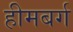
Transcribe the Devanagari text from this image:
हीमबर्ग